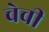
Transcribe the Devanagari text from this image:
चेची